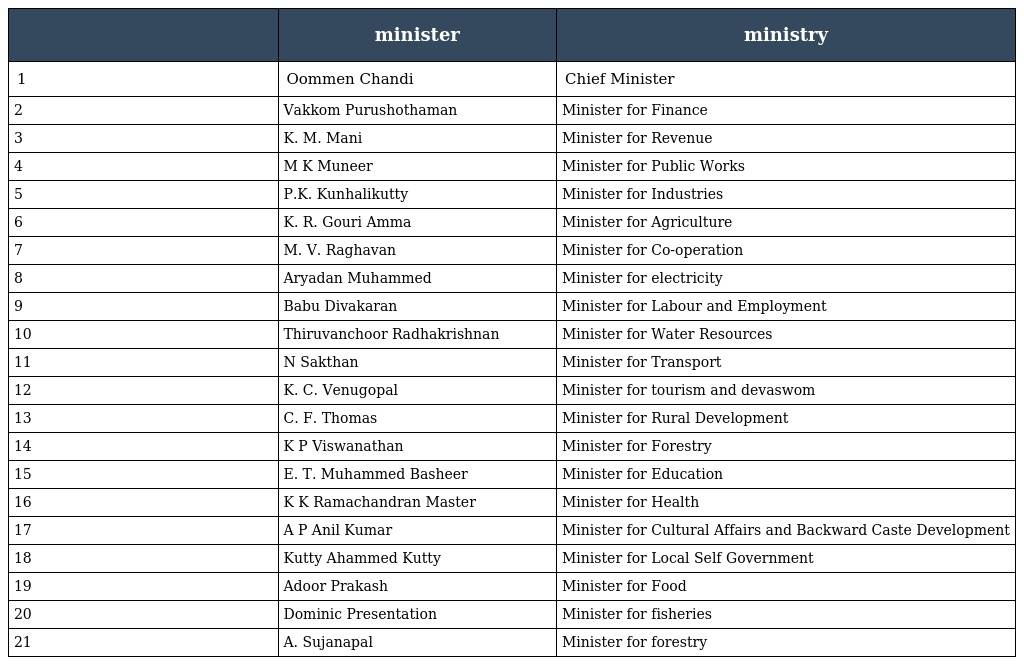
|  | minister | ministry |
 | --- | --- | --- |
 | 1 | Oommen Chandi | Chief Minister |
 | 2 | Vakkom Purushothaman | Minister for Finance |
 | 3 | K. M. Mani | Minister for Revenue |
 | 4 | M K Muneer | Minister for Public Works |
 | 5 | P.K. Kunhalikutty | Minister for Industries |
 | 6 | K. R. Gouri Amma | Minister for Agriculture |
 | 7 | M. V. Raghavan | Minister for Co-operation |
 | 8 | Aryadan Muhammed | Minister for electricity |
 | 9 | Babu Divakaran | Minister for Labour and Employment |
 | 10 | Thiruvanchoor Radhakrishnan | Minister for Water Resources |
 | 11 | N Sakthan | Minister for Transport |
 | 12 | K. C. Venugopal | Minister for tourism and devaswom |
 | 13 | C. F. Thomas | Minister for Rural Development |
 | 14 | K P Viswanathan | Minister for Forestry |
 | 15 | E. T. Muhammed Basheer | Minister for Education |
 | 16 | K K Ramachandran Master | Minister for Health |
 | 17 | A P Anil Kumar | Minister for Cultural Affairs and Backward Caste Development |
 | 18 | Kutty Ahammed Kutty | Minister for Local Self Government |
 | 19 | Adoor Prakash | Minister for Food |
 | 20 | Dominic Presentation | Minister for fisheries |
 | 21 | A. Sujanapal | Minister for forestry |